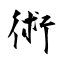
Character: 術